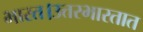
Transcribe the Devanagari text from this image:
भारत।उत्तरभारतात